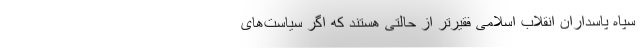
سپاه پاسداران انقلاب اسلامی فقیرتر از حالتی هستند که اگر سیاست‌های